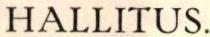
HALLITUS.